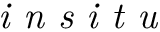
\textit { i n s i t u }